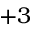
+ 3